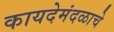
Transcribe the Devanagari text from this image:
कायदेमंदळाचे